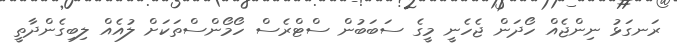
ރަނގަޅު ނިންޖެއް ހޯދަން ޖެހެނީ މީގެ ސަބަބުން ސްޓްރެސް ހޯމޯންސްތަކަށް ލުއެއް ލިބިގެންދާތީ